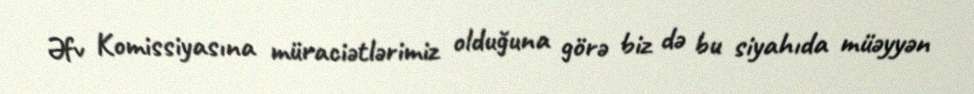
Əfv Komissiyasına müraciətlərimiz olduğuna görə biz də bu siyahıda müəyyən